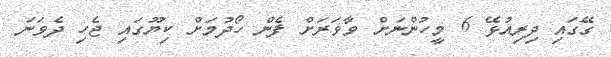
ގޭގައި ދިރިއުޅޭ 6 މީހުންނަށް ވާވަރަށް ފެން ހޯދުމަށް ކިޔޫގައި ޖެހި ދެވަނަ